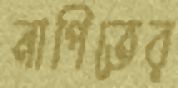
নাপিতের